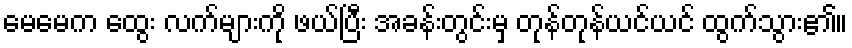
မေမေက ထွေး လက်များကို ဖယ်ပြီး အခန်းတွင်းမှ တုန်တုန်ယင်ယင် ထွက်သွား၏။